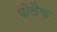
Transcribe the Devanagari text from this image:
पोलैक